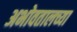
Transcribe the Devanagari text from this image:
अभोवतालच्या